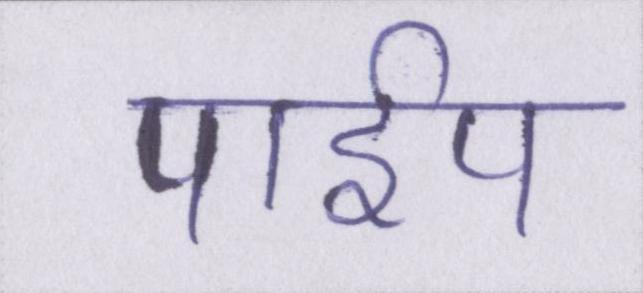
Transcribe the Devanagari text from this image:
पाईप